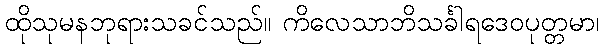
ထိုသုမနဘုရားသခင်သည်။ ကိလေသာဘိသင်္ခါရဒေဝပုတ္တမာ၊